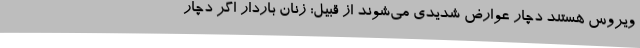
ویروس هستند دچار عوارض شدیدی می‌شوند از قبیل: زنان باردار اگر دچار